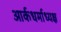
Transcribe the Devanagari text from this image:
आर्कधर्माध्यक्ष